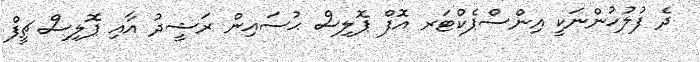
ދެ ފުލުހުންނަކީ އިންސްޕެކްޓަރ އޮފް ޕޮލިސް ޙުސައިން ރަޝީދު އާއި ޕޮލިސް ޗީފް